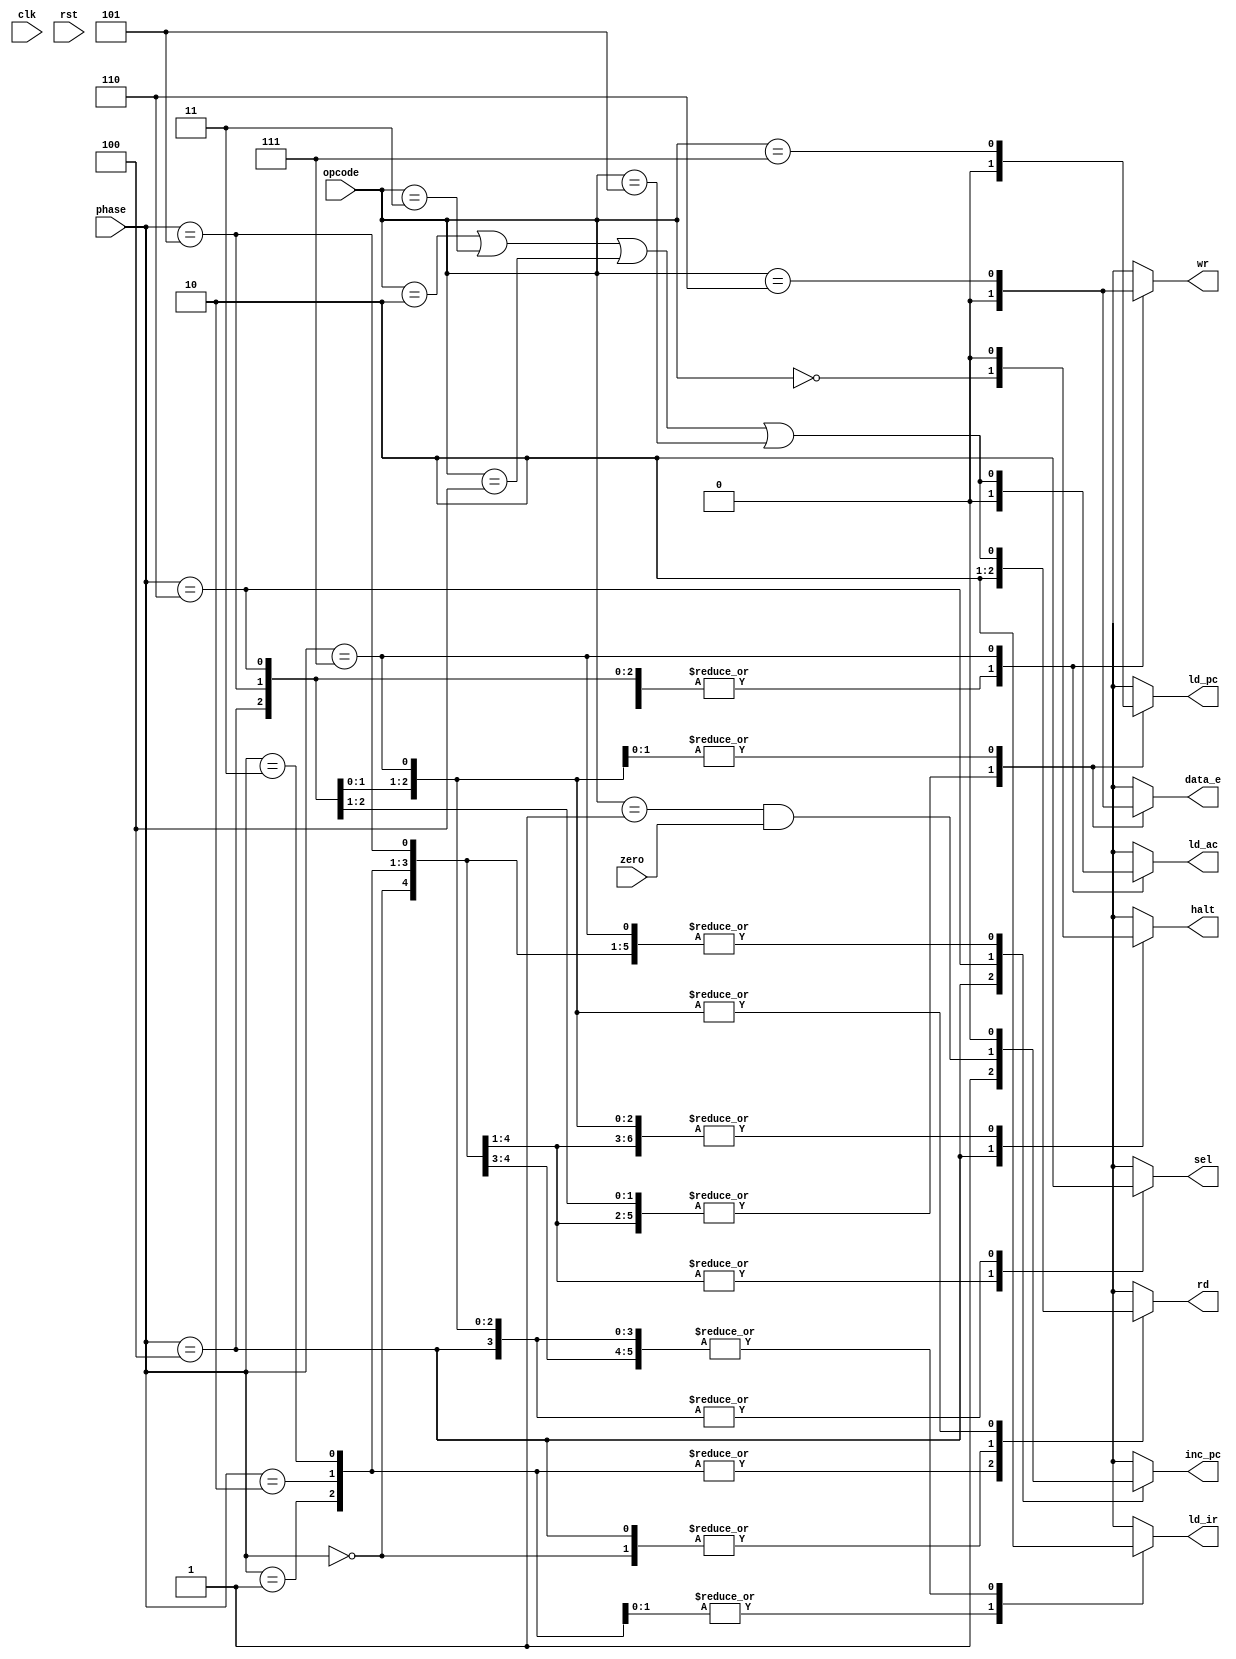
module controller #(parameter width=3)
(



input wire zero,clk,rst,
input wire [width-1:0] opcode,
input wire [width-1:0] phase,
output reg sel ,rd ,ld_ir ,inc_pc ,halt ,ld_pc ,data_e ,ld_ac ,wr 
 



    
);
reg HALT,ALU_OP,SK_ZER0,jmp,sto;
localparam  integer HLT=0 ,SKZ=1 ,ADD=2 ,AND=3 ,XOR=4 ,LDA=5 ,STO=6 ,JMP=7;
  
always @(*)
begin

    HALT = (opcode == HLT) ;
    ALU_OP = (opcode == ADD || opcode == AND || opcode == XOR || opcode == LDA);
    SK_ZER0 = (opcode == SKZ && zero );
    jmp = (opcode == JMP  );
    sto = (opcode == STO);

    case(phase)
    0:   begin sel=1; rd=0; ld_ir=0; halt=0 ;inc_pc=0 ;ld_ac=0 ;ld_pc=0 ;wr=0; data_e=0  ; end //INST_ADDR

    1: begin sel=1 ;rd=1;ld_ir=0 ;halt=0 ;inc_pc=0 ;ld_ac=0 ;ld_pc=0 ; wr=0;data_e=0;  end   //INST_FETCH

    2: begin sel=1 ;rd=1;ld_ir=1 ;halt=0 ;inc_pc=0 ;ld_ac=0 ;ld_pc=0 ;wr=0;data_e=0 ; end //INST_LOAD

    3: begin sel=1 ;rd=1;ld_ir=1 ;halt=0 ;inc_pc=0 ;ld_ac=0 ;ld_pc=0 ;wr=0;data_e=0 ; end //IDLE

    4:  begin sel=0 ;rd=0;ld_ir=0 ;halt=HALT ;inc_pc=1 ;ld_ac=0 ;ld_pc=0 ;wr=0;data_e=0 ; end //OP_ADDR

    5:  begin sel=0 ;rd=ALU_OP ;ld_ir=0 ;halt=0 ;inc_pc=0 ;ld_ac=0 ;ld_pc=0 ;wr=0;data_e=0 ; end //OP_FETCH

    6:  begin sel=0 ;rd=ALU_OP ;ld_ir=0 ;halt=0 ;inc_pc=SK_ZER0 ;ld_ac=0 ;ld_pc=jmp ;wr=0;data_e=sto ; end  //ALU_OP

    7:  begin sel=0 ;rd=ALU_OP ;ld_ir=0 ;halt=0 ;inc_pc=0 ;ld_ac=ALU_OP ;ld_pc=jmp ;wr=sto;data_e=sto ; end  // store


    endcase
        
    end

endmodule //controller